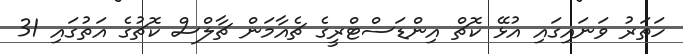
ހަތަރު ވަނައިގައި އުޅޭ ކޮޗް އިންޑަސްޓްރީގެ ޗެއާމަން ޗާލްސް ކޮޗުގެ އަތުގައި 31